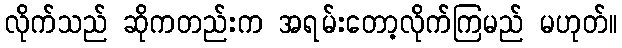
လိုက်သည် ဆိုကတည်းက အရမ်းတော့လိုက်ကြမည် မဟုတ်။